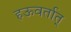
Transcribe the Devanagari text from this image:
हऊवर्तात्